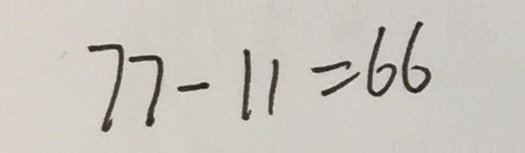
7 7 - 1 1 = 6 6